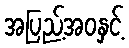
အပြည့်အဝနှင့်